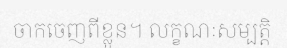
ចាកចេញពីខ្លួន។ លក្ខណៈសម្បត្តិ